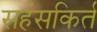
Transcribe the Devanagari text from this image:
सहंसकिर्त